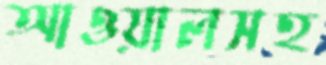
আওয়ালসহ